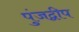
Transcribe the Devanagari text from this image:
पुंजद्वीप